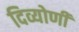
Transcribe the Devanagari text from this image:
दिव्योणी